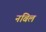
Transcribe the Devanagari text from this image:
नबिल